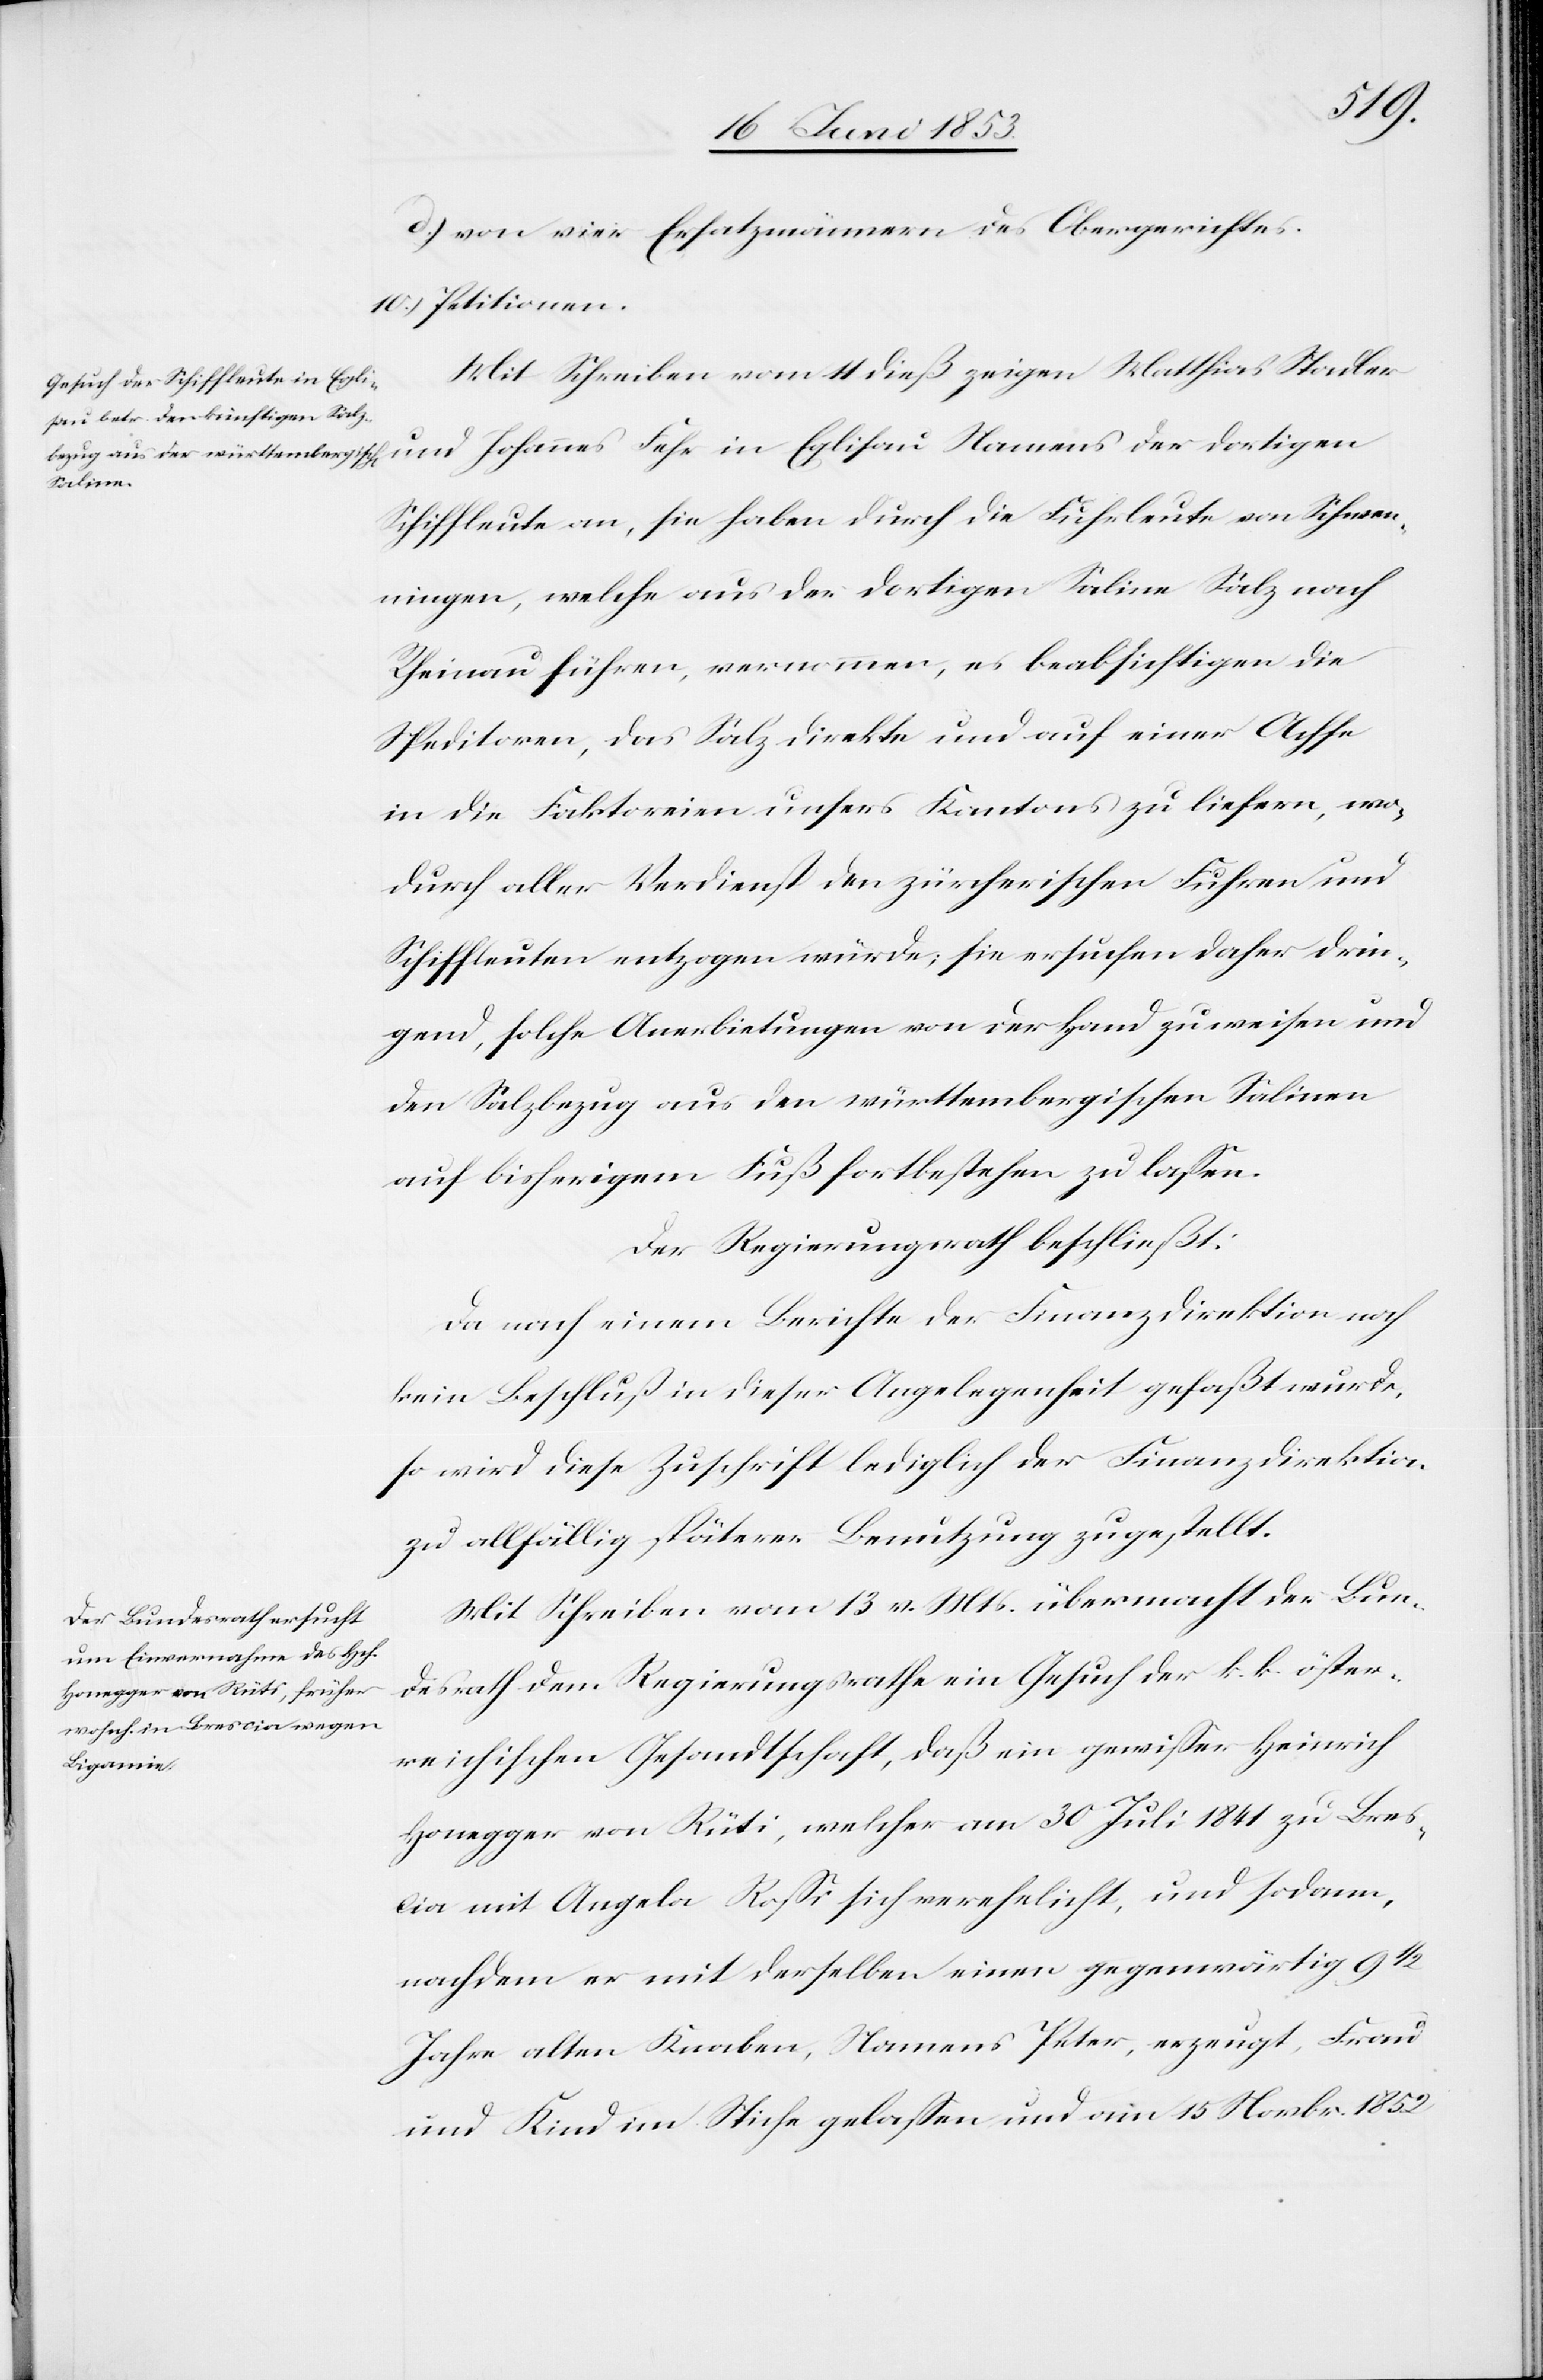
d) von vier Ersatzmännern des Obergerichtes.
10.) Petitionen.
Mit Schreiben vom 11 dieß zeigen Matthias Stadler
und Johannes Fehr in Eglisau Namens der dortigen
Schiffleute an, sie haben durch die Fuhrleute von Schwen¬
ingen, welche aus der dortigen Saline Salz nach
Rheinau führen, vernommen, es beabsichtigen die
Speditoren, das Salz direkte und auf einer Achse
in die Faktoreien unsers Kantons zu liefern, wo¬
durch aller Verdienst den zürcherischen Fuhren und
Schiffleuten entzogen würde; sie ersuchen daher drin¬
gend, solche Anerbietungen von der Hand zuweisen und
den Salzbezug aus den würrtembergischen Salinen
auf bisherigen Fuß fortbestehen zu laßen.
Der Regierungsrath beschließt:
Da nach einem Berichte der Finanzdirektion noch
kein Beschluß in dieser Angelegenheit gefaßt wurde,
so wird diese Zuschrift lediglich der Finanzdirektion
zu allfällig späterer Benutzung zugestellt.
Mit Schreiben vom 13 v. Mts. übermacht der Bun¬
desrath dem Regierungsrathe ein Gesuch der k. k. öster¬
reichischen Gesandtschaft, daß ein gewißer Heinrich
Honegger von Rüti, welcher am 30 Juli 1841 zu Bres¬
cia mit Angela Roßi sich verehelicht, und sodann,
nachdem er mit derselben einen gegenwärtigen
Jahre alten Knaben Namens Peter, erzeugt, Frau
und Kind im Stiche gelaßen und am 15 Novbr. 1852